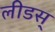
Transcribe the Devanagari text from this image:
लीडस्